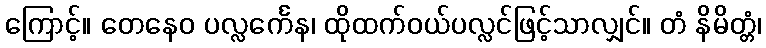
ကြောင့်။ တေနေဝ ပလ္လင်္ကေန၊ ထိုထက်ဝယ်ပလ္လင်ဖြင့်သာလျှင်။ တံ နိမိတ္တံ၊